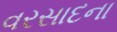
વરસાદના